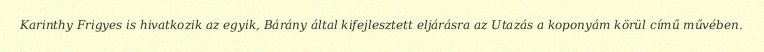
Karinthy Frigyes is hivatkozik az egyik, Bárány által kifejlesztett eljárásra az Utazás a koponyám körül című művében.